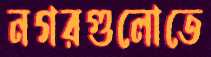
নগরগুলোতে